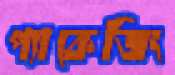
প্যাকেজিং